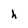
Character: h